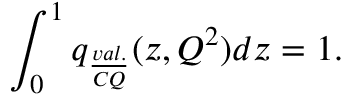
\int _ { 0 } ^ { 1 } q _ { \frac { v a l . } { C Q } } ( z , Q ^ { 2 } ) d z = 1 .